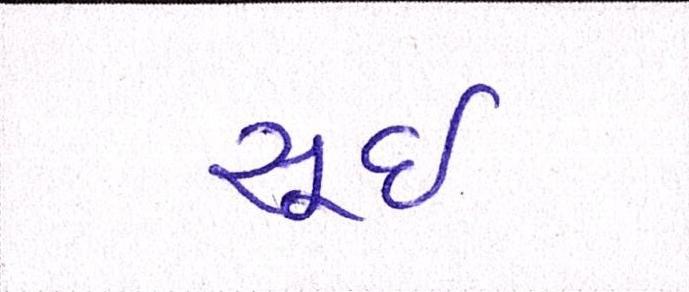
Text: સૂઈ